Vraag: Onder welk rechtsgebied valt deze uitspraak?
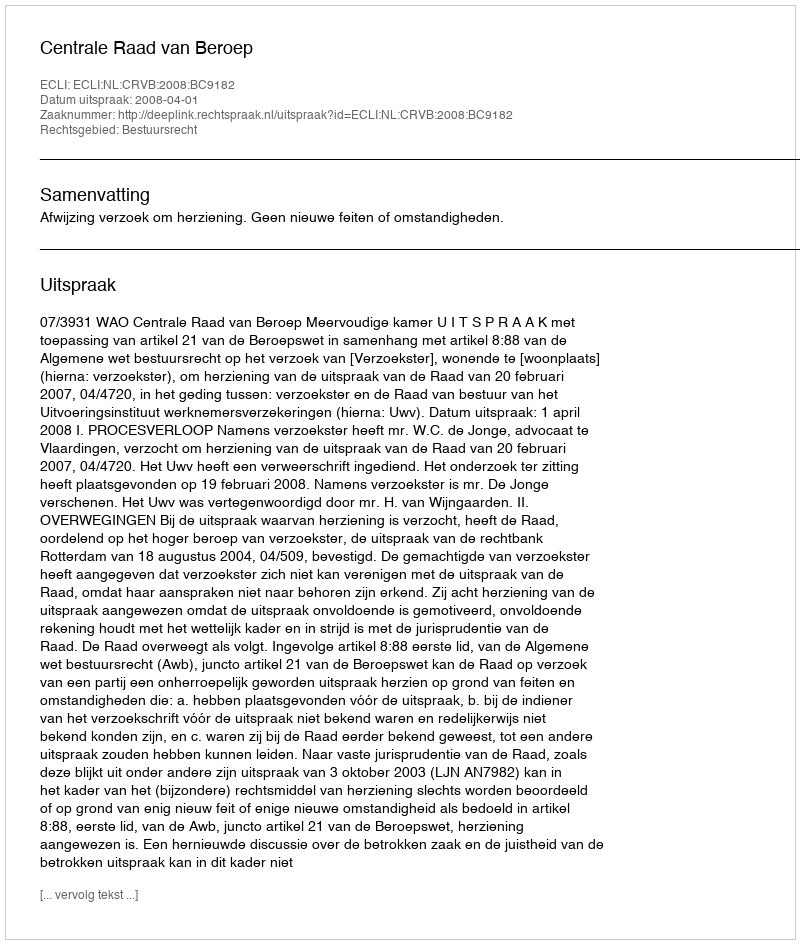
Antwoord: Bestuursrecht